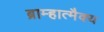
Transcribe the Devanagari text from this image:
ब्राम्हात्मैक्य